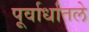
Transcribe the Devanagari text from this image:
पूर्वार्धातले